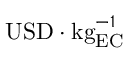
\mathrm { U S D } \cdot \mathrm { k g } _ { \mathrm { E C } } ^ { - 1 }